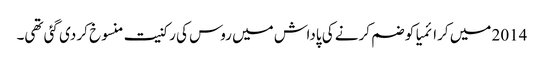
2014 میں کرائمیا کو ضم کرنے کی پاداش میں روس کی رکنیت منسوخ کر دی گئی تھی۔